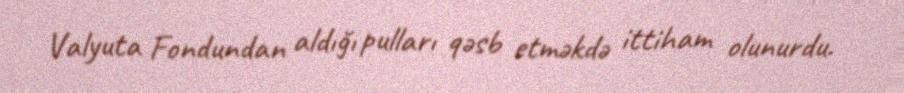
Valyuta Fondundan aldığı pulları qəsb etməkdə ittiham olunurdu.